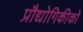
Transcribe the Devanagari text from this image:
प्रौद्योगिकीको